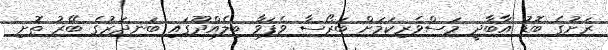
ރަށުގެ ބޮޑު އާބާދީ މަސްވެރިކަމަށް ބަރޯސާ ވެފަވާ ބިލެއްދޫގައި ބަނދަރުގެ ބޭރު ތޮށި